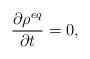
LaTeX: \begin{align*}\frac{\partial \rho^{eq}}{\partial t} = 0,\end{align*}